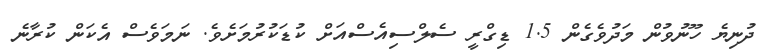
ދުނިޔެ ހޫނުވުން މަދުވެގެން 1.5 ޑިގްރީ ސެލްސިއެސްއަށް ކުޑަކުރުމަށެވެ. ނަމަވެސް އެކަން ކުރާނެ